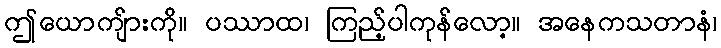
ဤယောကျ်ားကို။ ပဿာထ၊ ကြည့်ပါကုန်လော့။ အနေကသတာနံ၊